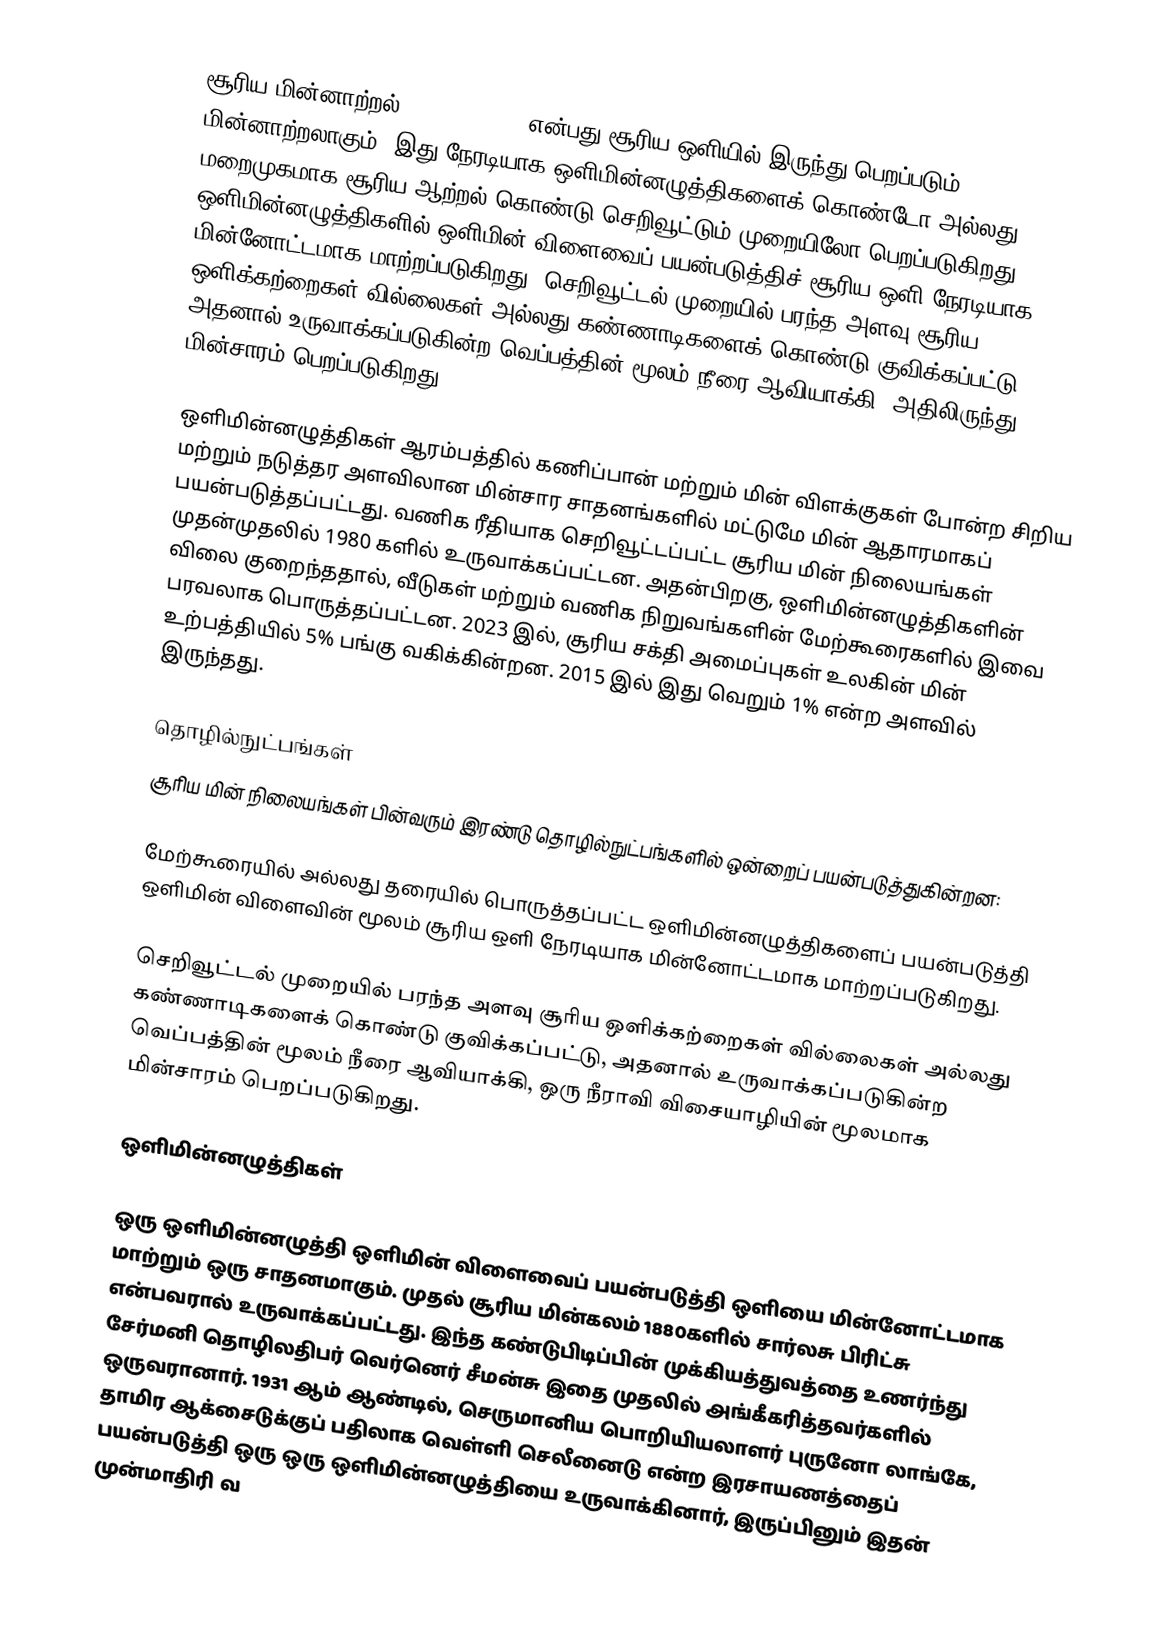
சூரிய மின்னாற்றல் (solar power) என்பது சூரிய ஒளியில் இருந்து பெறப்படும் மின்னாற்றலாகும். இது நேரடியாக ஒளிமின்னழுத்திகளைக் கொண்டோ அல்லது மறைமுகமாக சூரிய ஆற்றல் கொண்டு செறிவூட்டும் முறையிலோ பெறப்படுகிறது. ஒளிமின்னழுத்திகளில் ஒளிமின் விளைவைப் பயன்படுத்திச் சூரிய ஒளி நேரடியாக மின்னோட்டமாக மாற்றப்படுகிறது. செறிவூட்டல் முறையில் பரந்த அளவு சூரிய ஒளிக்கற்றைகள் வில்லைகள் அல்லது கண்ணாடிகளைக் கொண்டு குவிக்கப்பட்டு, அதனால் உருவாக்கப்படுகின்ற வெப்பத்தின் மூலம் நீரை ஆவியாக்கி, அதிலிருந்து மின்சாரம் பெறப்படுகிறது.

ஒளிமின்னழுத்திகள் ஆரம்பத்தில் கணிப்பான் மற்றும் மின் விளக்குகள் போன்ற சிறிய மற்றும் நடுத்தர அளவிலான மின்சார சாதனங்களில் மட்டுமே மின் ஆதாரமாகப் பயன்படுத்தப்பட்டது. வணிக ரீதியாக செறிவூட்டப்பட்ட சூரிய மின் நிலையங்கள் முதன்முதலில் 1980 களில் உருவாக்கப்பட்டன. அதன்பிறகு, ஒளிமின்னழுத்திகளின் விலை குறைந்ததால், வீடுகள் மற்றும் வணிக நிறுவங்களின் மேற்கூரைகளில் இவை பரவலாக பொருத்தப்பட்டன. 2023 இல், சூரிய சக்தி அமைப்புகள் உலகின் மின் உற்பத்தியில் 5% பங்கு வகிக்கின்றன. 2015 இல் இது வெறும் 1% என்ற அளவில் இருந்தது.

தொழில்நுட்பங்கள்
சூரிய மின் நிலையங்கள் பின்வரும் இரண்டு தொழில்நுட்பங்களில் ஒன்றைப் பயன்படுத்துகின்றன:

 மேற்கூரையில் அல்லது தரையில் பொருத்தப்பட்ட ஒளிமின்னழுத்திகளைப் பயன்படுத்தி ஒளிமின் விளைவின் மூலம் சூரிய ஒளி நேரடியாக மின்னோட்டமாக மாற்றப்படுகிறது.

 செறிவூட்டல் முறையில் பரந்த அளவு சூரிய ஒளிக்கற்றைகள் வில்லைகள் அல்லது கண்ணாடிகளைக் கொண்டு குவிக்கப்பட்டு, அதனால் உருவாக்கப்படுகின்ற வெப்பத்தின் மூலம் நீரை ஆவியாக்கி, ஒரு நீராவி விசையாழியின் மூலமாக மின்சாரம் பெறப்படுகிறது.

ஒளிமின்னழுத்திகள்

ஒரு ஒளிமின்னழுத்தி ஒளிமின் விளைவைப் பயன்படுத்தி ஒளியை மின்னோட்டமாக மாற்றும் ஒரு சாதனமாகும். முதல் சூரிய மின்கலம் 1880களில் சார்லசு பிரிட்சு என்பவரால் உருவாக்கப்பட்டது. இந்த கண்டுபிடிப்பின் முக்கியத்துவத்தை உணர்ந்து சேர்மனி தொழிலதிபர் வெர்னெர் சீமன்சு இதை முதலில் அங்கீகரித்தவர்களில் ஒருவரானார். 1931 ஆம் ஆண்டில், செருமானிய பொறியியலாளர் புருனோ லாங்கே, தாமிர ஆக்சைடுக்குப் பதிலாக வெள்ளி செலீனைடு என்ற இரசாயணத்தைப் பயன்படுத்தி ஒரு ஒரு ஒளிமின்னழுத்தியை உருவாக்கினார், இருப்பினும் இதன் முன்மாதிரி வ